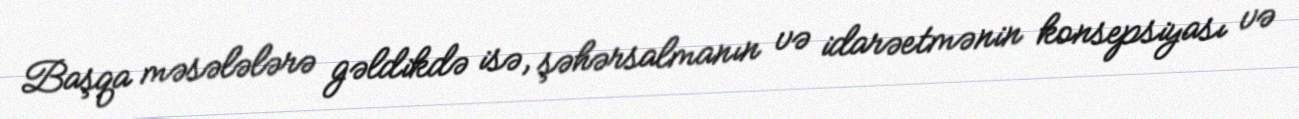
Başqa məsələlərə gəldikdə isə, şəhərsalmanın və idarəetmənin konsepsiyası və